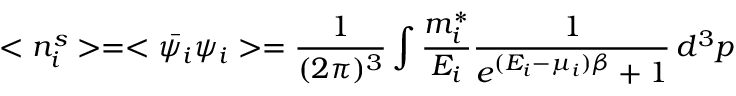
< n _ { i } ^ { s } > = < \bar { \psi _ { i } } \psi _ { i } > = \frac { 1 } { ( 2 \pi ) ^ { 3 } } \int \frac { m _ { i } ^ { * } } { E _ { i } } \frac { 1 } { e ^ { ( E _ { i } - \mu _ { i } ) \beta } + 1 } \, d ^ { 3 } p